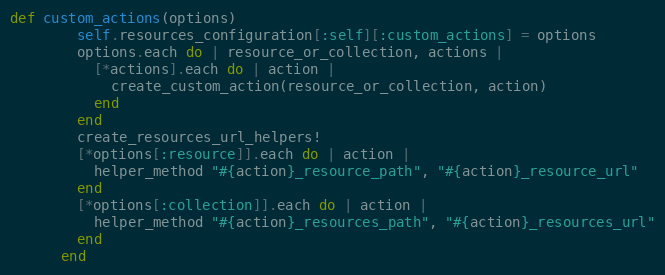
Language: Ruby
def custom_actions(options)
        self.resources_configuration[:self][:custom_actions] = options
        options.each do | resource_or_collection, actions |
          [*actions].each do | action |
            create_custom_action(resource_or_collection, action)
          end
        end
        create_resources_url_helpers!
        [*options[:resource]].each do | action |
          helper_method "#{action}_resource_path", "#{action}_resource_url"
        end
        [*options[:collection]].each do | action |
          helper_method "#{action}_resources_path", "#{action}_resources_url"
        end
      end